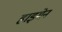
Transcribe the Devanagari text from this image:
हाइमेन